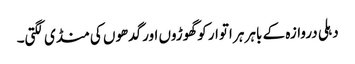
دہلی دروازہ کے باہر ہر اتوار کو گھوڑوں اور گدھوں کی منڈی لگتی۔